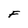
Character: F